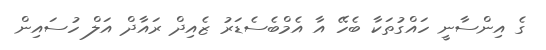
ގެ އިންސާނީ ހައްގުތަކާ ބެހޭ އާ އެމްބެސެޑަރު ޒެއިދް ރައާދް އަލް ހުސައިން